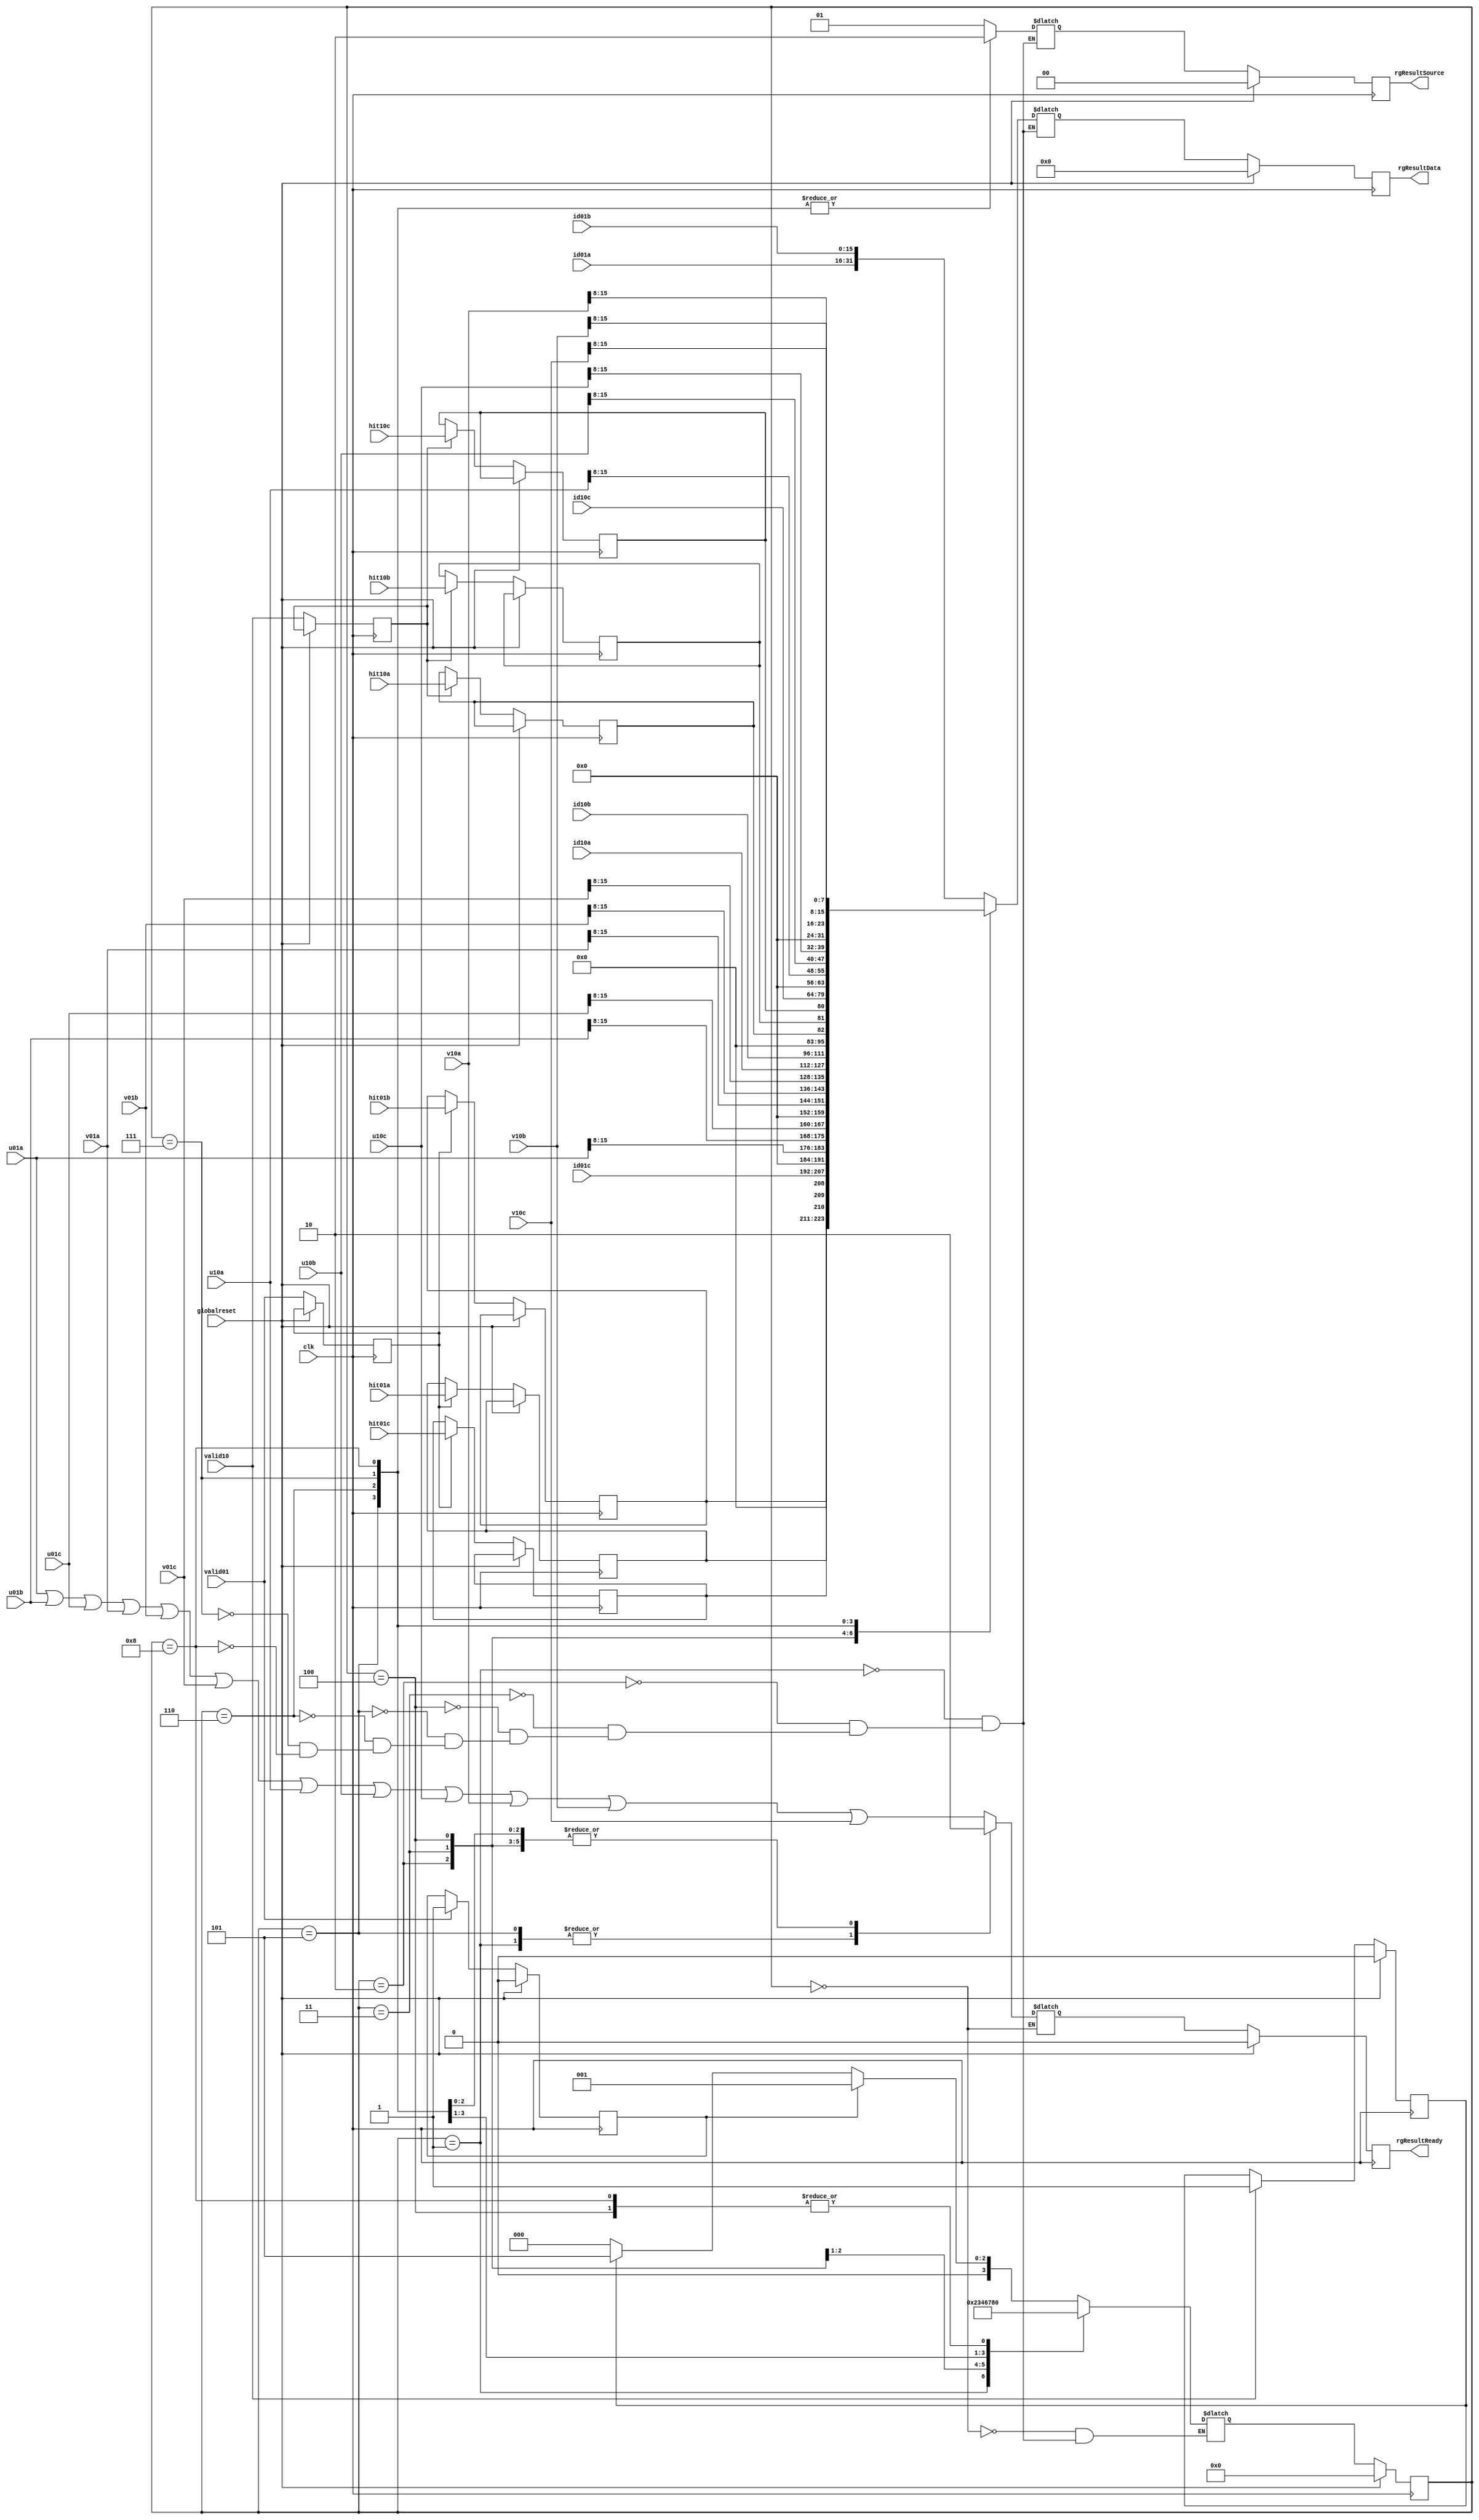
`define SIMULATION_MEMORY

module resulttransmit (valid01, valid10, id01a, id01b, id01c, id10a, id10b, id10c, hit01a, hit01b, hit01c, hit10a, hit10b, hit10c, u01a, u01b, u01c, v01a, v01b, v01c, u10a, u10b, u10c, v10a, v10b, v10c, rgResultData, rgResultReady, rgResultSource, globalreset, clk);

    input valid01; 
    input valid10; 
    input[15:0] id01a; 
    input[15:0] id01b; 
    input[15:0] id01c; 
    input[15:0] id10a; 
    input[15:0] id10b; 
    input[15:0] id10c; 
    input hit01a; 
    input hit01b; 

    input hit01c; 
    input hit10a; 
    input hit10b; 
    input hit10c; 
    input[15:0] u01a; 
    input[15:0] u01b; 
    input[15:0] u01c; 
    input[15:0] v01a; 
    input[15:0] v01b; 
    input[15:0] v01c; 
    input[15:0] u10a; 
    input[15:0] u10b; 

    input[15:0] u10c; 
    input[15:0] v10a; 
    input[15:0] v10b; 
    input[15:0] v10c; 
    output[31:0] rgResultData; 
    reg[31:0] rgResultData;
    output rgResultReady; 
    reg rgResultReady;
    output[1:0] rgResultSource; 
    reg[1:0] rgResultSource;
    input globalreset; 
    input clk; 

    reg[3:0] state; 
    reg[3:0] next_state; 

    reg hit01al; 
    reg hit01bl; 
    reg hit01cl; 
    reg hit10al; 
    reg hit10bl; 
    reg hit10cl; 
    reg pending01; 
    reg pending10; 
    reg valid01d; 
    reg valid10d; 

reg[31:0] temp_rgResultData;
   reg temp_rgResultReady;
      reg[1:0] temp_rgResultSource;

    always @(posedge clk)
    begin
       if (globalreset == 1'b1)
       begin
          state <= 0 ; 
          pending01 <= 1'b0 ; 
          pending10 <= 1'b0 ; 
          rgResultData <= 32'b00000000000000000000000000000000 ; 
          rgResultSource <= 2'b00 ; 

          rgResultReady <= 1'b0 ; 
       end
       else
       begin
          valid01d <= valid01 ; 
          valid10d <= valid10 ; 
          if (valid01 == 1'b1)
          begin
             pending01 <= 1'b1 ; 
          end 
          if (valid01d == 1'b1)
          begin
             hit01al <= hit01a ; 
             hit01bl <= hit01b ; 
             hit01cl <= hit01c ; 
          end 
          if (valid10 == 1'b1)
          begin
             pending10 <= 1'b1 ; 
          end 
          if (valid10d == 1'b1)
          begin
             hit10al <= hit10a ; 
             hit10bl <= hit10b ; 
             hit10cl <= hit10c ; 
          end 
          state <= next_state ; 

          rgResultData <= temp_rgResultData;
          rgResultReady <= temp_rgResultReady;
          rgResultSource <= temp_rgResultSource;
       end 
    end 

    always @(state or pending01 or pending10)
    begin
       case (state)
          0 :
                   begin
                      if (pending01 == 1'b1)
                      begin
                         next_state = 1 ; 
                      end
                      else if (pending10 == 1'b1)
                      begin
                         next_state = 5 ; 
                      end
                      else

                      begin
                         next_state = 0 ; 
                      end 
                   end
          1 :
                   begin
                      next_state = 2 ; 
                         temp_rgResultData = {id01a, id01b} ; 
                         temp_rgResultReady = 1'b1 ; 
                         temp_rgResultSource = 2'b01 ; 
                   end
          2 :
                   begin
                      next_state = 3 ; 
                         temp_rgResultData = {13'b0000000000000, hit01al, hit01bl, hit01cl, id01c} ; 
                         temp_rgResultReady = 1'b0 ; 
                         temp_rgResultSource = 2'b01 ; 
                   end

          3 :
                   begin
                      next_state = 4 ; 
                         temp_rgResultData = {8'b00000000, u01a[15:8], u01b[15:8], u01c[15:8]} ; 
                         temp_rgResultReady = 1'b0 ; 
                         temp_rgResultSource = 2'b01 ; 
                   end
          4 :
                   begin
                      next_state = 0 ; 
                         temp_rgResultData = {8'b00000000, v01a[15:8], v01b[15:8], v01c[15:8]} ; 
                         temp_rgResultReady = 1'b0 ; 
                         temp_rgResultSource = 2'b01 ; 
                   end
          5 :
                   begin
                      next_state = 6 ; 
                         temp_rgResultData = {id10a, id10b} ; 
                         temp_rgResultReady = 1'b1 ; 
                         temp_rgResultSource = 2'b10 ; 
                   end
          6 :
                   begin
                      next_state = 7 ; 
                         temp_rgResultData = {13'b0000000000000, hit10al, hit10bl, hit10cl, id10c} ; 
                         temp_rgResultReady = 1'b0 ; 
                         temp_rgResultSource = 2'b10 ; 
                   end
          7 :
                   begin
                      next_state = 8 ; 
                         temp_rgResultData = {8'b00000000, u10a[15:8], u10b[15:8], u10c[15:8]} ; 
                         temp_rgResultReady = 1'b0 ; 
                         temp_rgResultSource = 2'b10 ; 
                   end
          8 :
                   begin
                      next_state = 0 ; 
                         temp_rgResultData = {8'b00000000, v10a[15:8], v10b[15:8], v10c[15:8]} ; 
                         temp_rgResultReady = 1'b0 ; 
                         temp_rgResultSource = 2'b10 ; 
                   end
	default:
		begin
			temp_rgResultReady = u01a || u01b || u01c || v01a || v01b || v01c || u10a || u10b || u10c || v10a || v10b || v10c;  
		end
       endcase 
    end 
 endmodule